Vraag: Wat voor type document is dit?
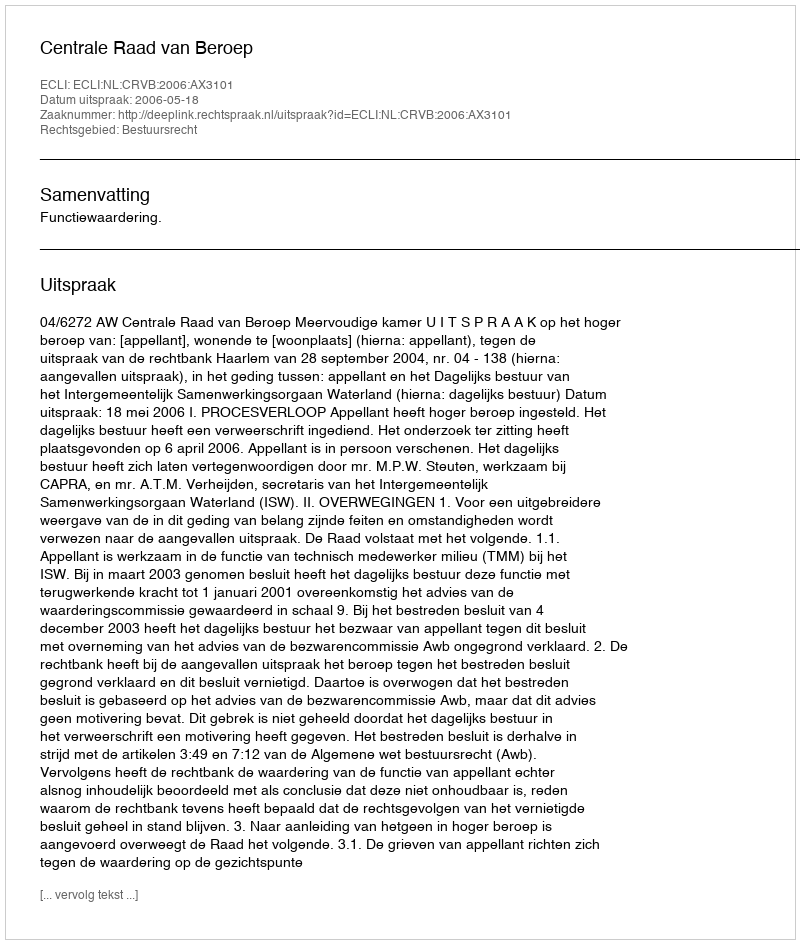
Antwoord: Uitspraak